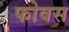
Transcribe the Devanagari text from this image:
फोवस